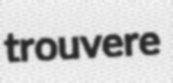
trouvere